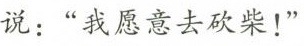
说：“我愿意去砍柴！”